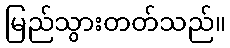
မြည်သွားတတ်သည်။